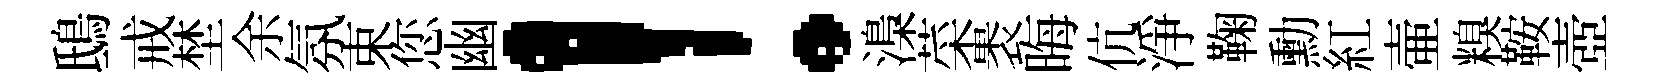
鴟戒埜余氛束您幽！𣻏菜褁晦伉淨鞠勳紅壷糗鞍壺